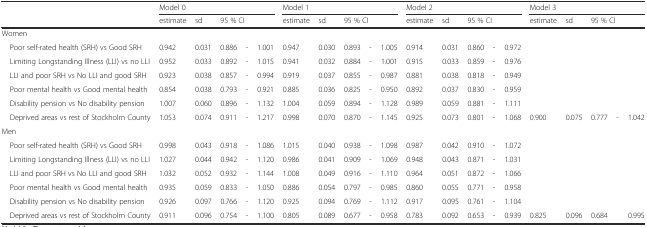
<table><thead><tr><td></td><td colspan="5"><b>Model 0</b></td><td colspan="5"><b>Model 1</b></td><td colspan="5"><b>Model 2</b></td><td colspan="5"><b>Model 3</b></td></tr><tr><td></td><td><b>estimate</b></td><td><b>sd</b></td><td colspan="3"><b>95 % CI</b></td><td><b>estimate</b></td><td><b>sd</b></td><td colspan="3"><b>95 % CI</b></td><td><b>estimate</b></td><td><b>sd</b></td><td colspan="3"><b>95 % CI</b></td><td><b>estimate</b></td><td><b>sd</b></td><td colspan="3"><b>95 % CI</b></td></tr></thead><tbody><tr><td>Women</td><td></td><td></td><td></td><td></td><td></td><td></td><td></td><td></td><td></td><td></td><td></td><td></td><td></td><td></td><td></td><td></td><td></td><td></td><td></td><td></td></tr><tr><td> Poor self-rated health (SRH) vs Good SRH</td><td>0.942</td><td>0.031</td><td>0.886</td><td>-</td><td>1.001</td><td>0.947</td><td>0.030</td><td>0.893</td><td>-</td><td>1.005</td><td>0.914</td><td>0.031</td><td>0.860</td><td>-</td><td>0.972</td><td></td><td></td><td></td><td></td><td></td></tr><tr><td> Limiting Longstanding Illness (LLI) vs no LLI</td><td>0.952</td><td>0.033</td><td>0.892</td><td>-</td><td>1.015</td><td>0.941</td><td>0.032</td><td>0.884</td><td>-</td><td>1.001</td><td>0.915</td><td>0.033</td><td>0.859</td><td>-</td><td>0.976</td><td></td><td></td><td></td><td></td><td></td></tr><tr><td> LLI and poor SRH vs No LLI and good SRH</td><td>0.923</td><td>0.038</td><td>0.857</td><td>-</td><td>0.994</td><td>0.919</td><td>0.037</td><td>0.855</td><td>-</td><td>0.987</td><td>0.881</td><td>0.038</td><td>0.818</td><td>-</td><td>0.949</td><td></td><td></td><td></td><td></td><td></td></tr><tr><td> Poor mental health vs Good mental health</td><td>0.854</td><td>0.038</td><td>0.793</td><td>-</td><td>0.921</td><td>0.885</td><td>0.036</td><td>0.825</td><td>-</td><td>0.950</td><td>0.892</td><td>0.037</td><td>0.830</td><td>-</td><td>0.959</td><td></td><td></td><td></td><td></td><td></td></tr><tr><td> Disability pension vs No disability pension</td><td>1.007</td><td>0.060</td><td>0.896</td><td>-</td><td>1.132</td><td>1.004</td><td>0.059</td><td>0.894</td><td>-</td><td>1.128</td><td>0.989</td><td>0.059</td><td>0.881</td><td>-</td><td>1.111</td><td></td><td></td><td></td><td></td><td></td></tr><tr><td> Deprived areas vs rest of Stockholm County</td><td>1.053</td><td>0.074</td><td>0.911</td><td>-</td><td>1.217</td><td>0.998</td><td>0.070</td><td>0.870</td><td>-</td><td>1.145</td><td>0.925</td><td>0.073</td><td>0.801</td><td>-</td><td>1.068</td><td>0.900</td><td>0.075</td><td>0.777</td><td>-</td><td>1.042</td></tr><tr><td>Men</td><td></td><td></td><td></td><td></td><td></td><td></td><td></td><td></td><td></td><td></td><td></td><td></td><td></td><td></td><td></td><td></td><td></td><td></td><td></td><td></td></tr><tr><td> Poor self-rated health (SRH) vs Good SRH</td><td>0.998</td><td>0.043</td><td>0.918</td><td>-</td><td>1.086</td><td>1.015</td><td>0.040</td><td>0.938</td><td>-</td><td>1.098</td><td>0.987</td><td>0.042</td><td>0.910</td><td>-</td><td>1.072</td><td></td><td></td><td></td><td></td><td></td></tr><tr><td> Limiting Longstanding Illness (LLI) vs no LLI</td><td>1.027</td><td>0.044</td><td>0.942</td><td>-</td><td>1.120</td><td>0.986</td><td>0.041</td><td>0.909</td><td>-</td><td>1.069</td><td>0.948</td><td>0.043</td><td>0.871</td><td>-</td><td>1.031</td><td></td><td></td><td></td><td></td><td></td></tr><tr><td> LLI and poor SRH vs No LLI and good SRH</td><td>1.032</td><td>0.052</td><td>0.932</td><td>-</td><td>1.144</td><td>1.008</td><td>0.049</td><td>0.916</td><td>-</td><td>1.110</td><td>0.964</td><td>0.051</td><td>0.872</td><td>-</td><td>1.066</td><td></td><td></td><td></td><td></td><td></td></tr><tr><td> Poor mental health vs Good mental health</td><td>0.935</td><td>0.059</td><td>0.833</td><td>-</td><td>1.050</td><td>0.886</td><td>0.054</td><td>0.797</td><td>-</td><td>0.985</td><td>0.860</td><td>0.055</td><td>0.771</td><td>-</td><td>0.958</td><td></td><td></td><td></td><td></td><td></td></tr><tr><td> Disability pension vs No disability pension</td><td>0.926</td><td>0.097</td><td>0.766</td><td>-</td><td>1.120</td><td>0.925</td><td>0.094</td><td>0.769</td><td>-</td><td>1.112</td><td>0.917</td><td>0.095</td><td>0.761</td><td>-</td><td>1.104</td><td></td><td></td><td></td><td></td><td></td></tr><tr><td> Deprived areas vs rest of Stockholm County</td><td>0.911</td><td>0.096</td><td>0.754</td><td>-</td><td>1.100</td><td>0.805</td><td>0.089</td><td>0.677</td><td>-</td><td>0.958</td><td>0.783</td><td>0.092</td><td>0.653</td><td>-</td><td>0.939</td><td>0.825</td><td>0.096</td><td>0.684</td><td></td><td>0.995</td></tr></tbody></table>